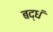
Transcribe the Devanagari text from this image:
बद्धं